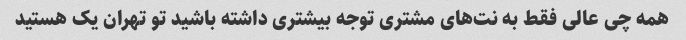
همه چی عالی فقط به نت‌های مشتری توجه بیشتری داشته باشید تو تهران یک هستید